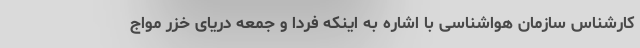
کارشناس سازمان هواشناسی با اشاره به اینکه فردا و جمعه دریای خزر مواج